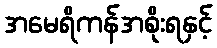
အမေရိကန်အစိုးရနှင့်